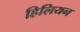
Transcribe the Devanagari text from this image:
हिलियन